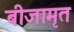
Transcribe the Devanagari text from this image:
बीजामृत